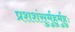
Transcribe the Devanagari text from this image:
प्रशशंसुर्मुहुर्मुहुः